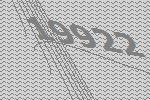
19922